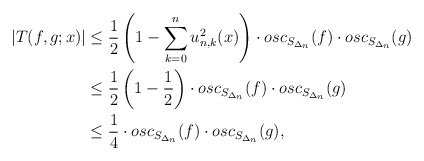
\begin{align*}\left|T(f,g;x)\right|&\leq\frac{1}{2}\left(1-\sum^{n}_{k=0}{u^2_{n,k}(x)}\right)\cdot osc_{S_{\Delta_n}}(f)\cdot osc_{S_{\Delta_n}}(g)\\&\leq \frac{1}{2}\left(1-\frac{1}{2}\right)\cdot osc_{S_{\Delta_n}}(f)\cdot osc_{S_{\Delta_n}}(g)\\&\leq \frac{1}{4}\cdot osc_{S_{\Delta_n}}(f)\cdot osc_{S_{\Delta_n}}(g),\end{align*}